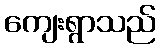
ကျေးရွာသည်